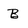
Character: B